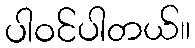
ပါဝင်ပါတယ်။